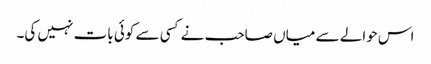
اس حوالے سے میاں صاحب نے کسی سے کوئی بات نہیں کی۔